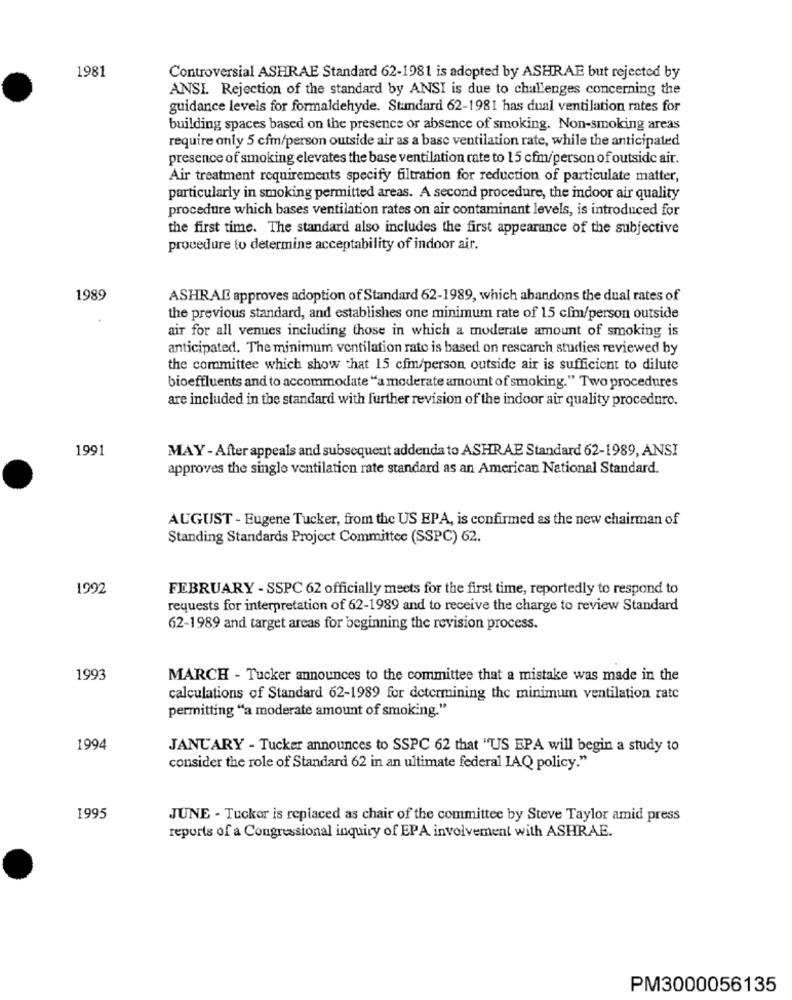
1981
Controversial ASHRAE Standard 62-1981 is adopted by ASHRAE but rejected by
ANSI. Rejection of the standard by ANSI is due to challenges concerning the
guidance levels for formaldehyde. Standard 62-1981 has dual ventilation rates for
building spaces based on the presence or absence of smoking. Non-smoking areas
require only 5 cfm/person outside air as a base ventilation rate, while the anticipated
presence of smoking elevates the base ventilation rate to 15 cfm/person of outside air.
Air treatment requirements specify filtration for reduction of particulate matter,
particularly in smoking permitted areas. A second procedure, the indoor air quality
procedure which bases ventilation rates on air contaminant levels, is introduced for
the first time. The standard also includes the first appearance of the subjective
procedure to determine acceptability of indoor air.
1989
ASHRAD approves adoption of Standard 62-1989, which abandons the dual rates of
the previous standard, and establishes one minimum rate of 15 cfm/person outside
air for all venues including those in which a moderate amount of smoking is
anticipated. The minimum ventilation rato is based on rescarch studies reviewed by
the committee which show that 15 cfm/person outside air is sufficient to dilute
bioeffluents and to accommodate "a moderate amount of smoking." Two procedures
are included in the standard with further revision of the indoor air quality procedure.
1991
MAY - After appeals and subsequent addenda to ASHRAE Standard 62-1989, ANSI
approves the single ventilation rate standard as an American National Standard.
AUGUST - Eugene Tucker, from the US EPA, is confirmed as the new chairman of
Standing Standards Project Committee (SSPC) 62.
1992
FEBRUARY - SSPC 62 officially meets for the first time, reportedly to respond to
requests for interpretation of 62-1989 and to receive the charge to review Standard
62-1989 and target areas for beginning the revision process.
1993
MARCH - Tucker announces to the committee that a mistake was made in the
calculations of Standard 62-1989 for determining the minimum ventilation rate
permitting "a moderate amount of smoking."
1994
JANUARY - Tucker announces to SSPC 62 that "US EPA will begin a study to
consider the role of Standard 62 in an ultimate federal IAQ policy."
1995
JUNE - Tucker is replaced as chair of the committee by Steve Taylor amid press
reports of a Congressional inquiry of EPA involvement with ASHRAE.
PM3000056135